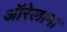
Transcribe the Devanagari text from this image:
ऑरेलाना